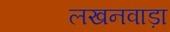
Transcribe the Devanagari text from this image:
लखनवाड़ा